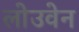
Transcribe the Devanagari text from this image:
लोउवेन